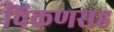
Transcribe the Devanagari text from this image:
चिकणसह